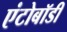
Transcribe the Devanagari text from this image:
एंटोबॉडी